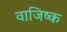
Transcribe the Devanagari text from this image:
वाजिष्क